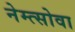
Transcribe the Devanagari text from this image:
नेम्त्सोवा